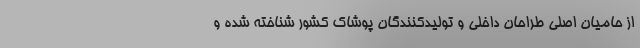
از حامیان اصلی طراحان داخلی و تولیدکنندگان پوشاک کشور شناخته شده و